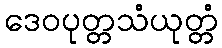
ဒေဝပုတ္တသံယုတ္တံ